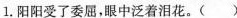
1.阳阳受了委屈，眼中泛着泪花。()